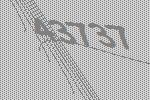
43737